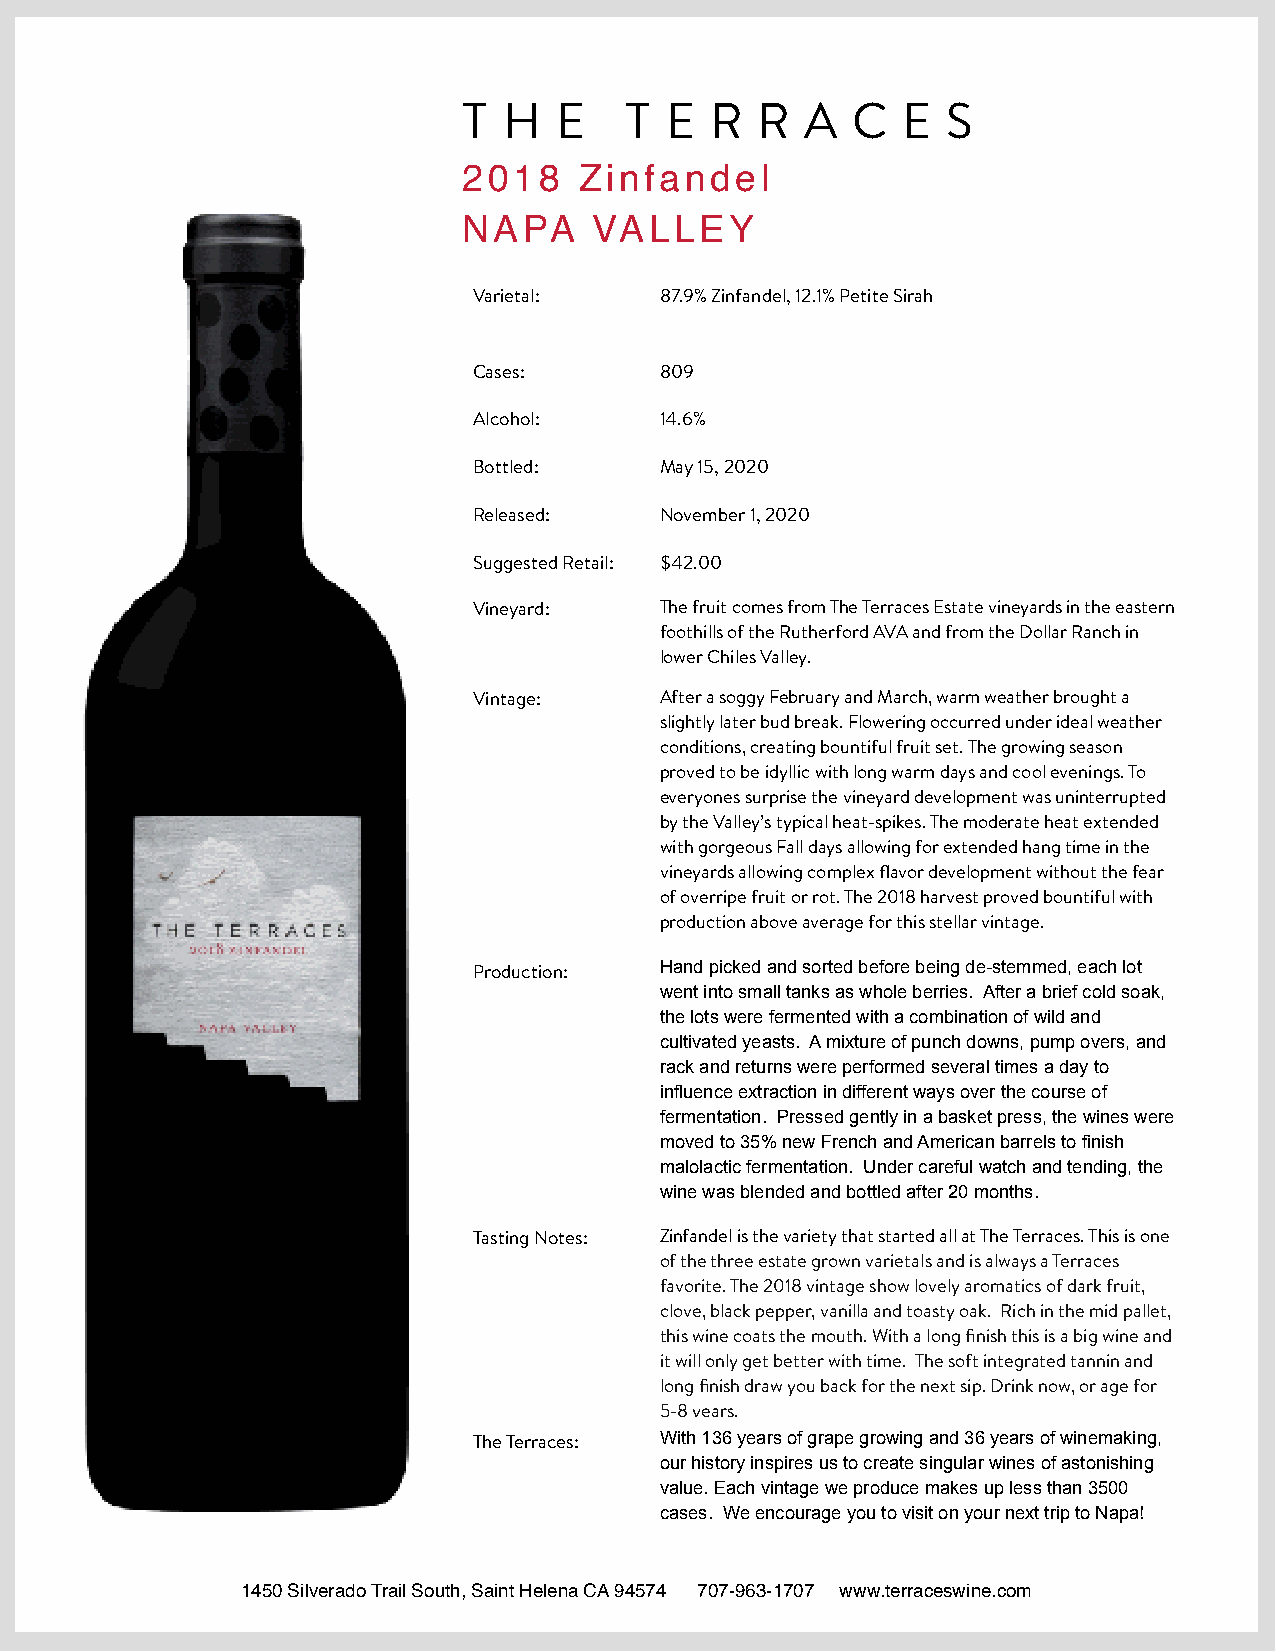
T H   E   T  E  R  R  A  C   E  S
 2018   Zinfandel
 NAPA    VALLEY
 Varietal:    87.9% Zinfandel, 12.1% Petite Sirah
 Cases:       809
 Alcohol:     14.6%
 Bottled:     May 15, 2020
 Released:    November 1, 2020
 Suggested Retail: $42.00
 Vineyard:    The fruit comes from The Terraces Estate vineyards in the eastern
 foothills of the Rutherford AVA and from the Dollar Ranch in
 lower Chiles Valley.
 Vintage:     After a soggy February and March, warm weather brought a
 slightly later bud break. Flowering occurred under ideal weather
 conditions, creating bountiful fruit set. The growing season
 proved to be idyllic with long warm days and cool evenings. To
 everyones surprise the vineyard development was uninterrupted
 by the Valley’s typical heat-spikes. The moderate heat extended
 with gorgeous Fall days allowing for extended hang time in the
 vineyards allowing complex flavor development without the fear
 of overripe fruit or rot. The 2018 harvest proved bountiful with
 production above average for this stellar vintage.
 Hand picked and sorted before being de-stemmed, each lot
 Production:
 went into small tanks as whole berries. After a brief cold soak,
 the lots were fermented with a combination of wild and
 cultivated yeasts. A mixture of punch downs, pump overs, and
 rack and returns were performed several times a day to
 influence extraction in different ways over the course of
 fermentation. Pressed gently in a basket press, the wines were
 moved to 35% new French and American barrels to finish
 malolactic fermentation. Under careful watch and tending, the
 wine was blended and bottled after 20 months.
 Tasting Notes: Zinfandel is the variety that started all at The Terraces. This is one
 of the three estate grown varietals and is always a Terraces
 favorite. The 2018 vintage show lovely aromatics of dark fruit,
 clove, black pepper, vanilla and toasty oak. Rich in the mid pallet,
 this wine coats the mouth. With a long finish this is a big wine and
 it will only get better with time. The soft integrated tannin and
 long finish draw you back for the next sip. Drink now, or age for
 5-8 years.
 With 136 years of grape growing and 36 years of winemaking,
 The Terraces:
 our history inspires us to create singular wines of astonishing
 value. Each vintage we produce makes up less than 3500
 cases. We encourage you to visit on your next trip to Napa!
 1450 Silverado Trail South, Saint Helena CA 94574 707-963-1707 www.terraceswine.com